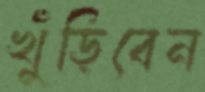
খুঁড়িবেন